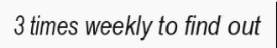
3 times weekly to find out